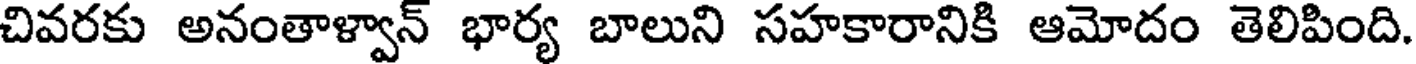
చివరకు అనంతాళ్వాన్ భార్య బాలుని సహకారానికి ఆమోదం తెలిపింది.